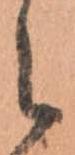
之